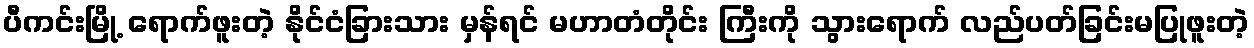
ပီကင်းမြို့ ရောက်ဖူးတဲ့ နိုင်ငံခြားသား မှန်ရင် မဟာတံတိုင်း ကြီးကို သွားရောက် လည်ပတ်ခြင်းမပြုဖူးတဲ့